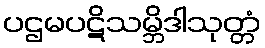
ပဌမပဋိသမ္ဘိဒါသုတ္တံ